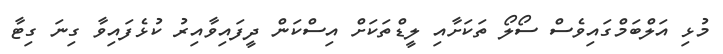
މުޅި އަލްބަމްގައިވެސް ސޯލޯ ތަކަށާއި ލީޑްތަކަށް އިސްކަން ދީފައިވާއިރު ކުޅެފައިވާ ގިނަ ގިޓާ